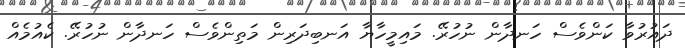
ދައުރުވާ ކަންވެސް ހަނދާން ނުހުރޭ. މައިމީހާޔާ އަނބިދަރިން މަތިންވެސް ހަނދާން ނުހުރޭ. ކެއުމެއް